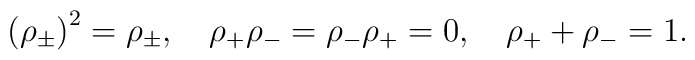
\left(\rho_\pm\right)^2=\rho_\pm,\quad\rho_+\rho_-=\rho_-\rho_+=0,\quad\rho_+ +\rho_-=1 .